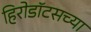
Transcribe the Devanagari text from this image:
हिरोडॉटसच्या